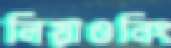
লিয়াওনিং